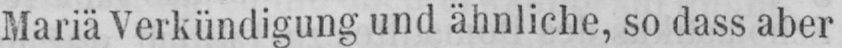
Mariä Verkündigung und ähnliche, so dass aber